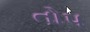
તો૫